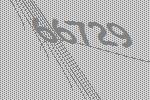
66729